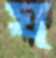
ঘ